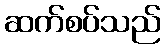
ဆက်စပ်သည်